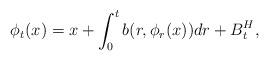
LaTeX: \begin{align*} \phi_t(x) = x + \int_0^t b(r,\phi_r(x)) dr + B_t^H ,\end{align*}